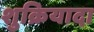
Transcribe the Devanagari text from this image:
शुक्रियादा